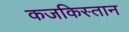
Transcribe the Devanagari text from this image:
कजकिस्तान